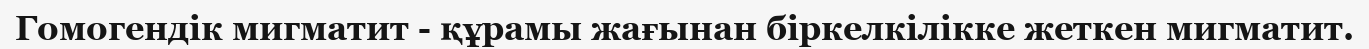
Гомогендік мигматит - құрамы жағынан біркелкілікке жеткен мигматит.